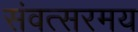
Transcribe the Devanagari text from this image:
संवत्सरमय